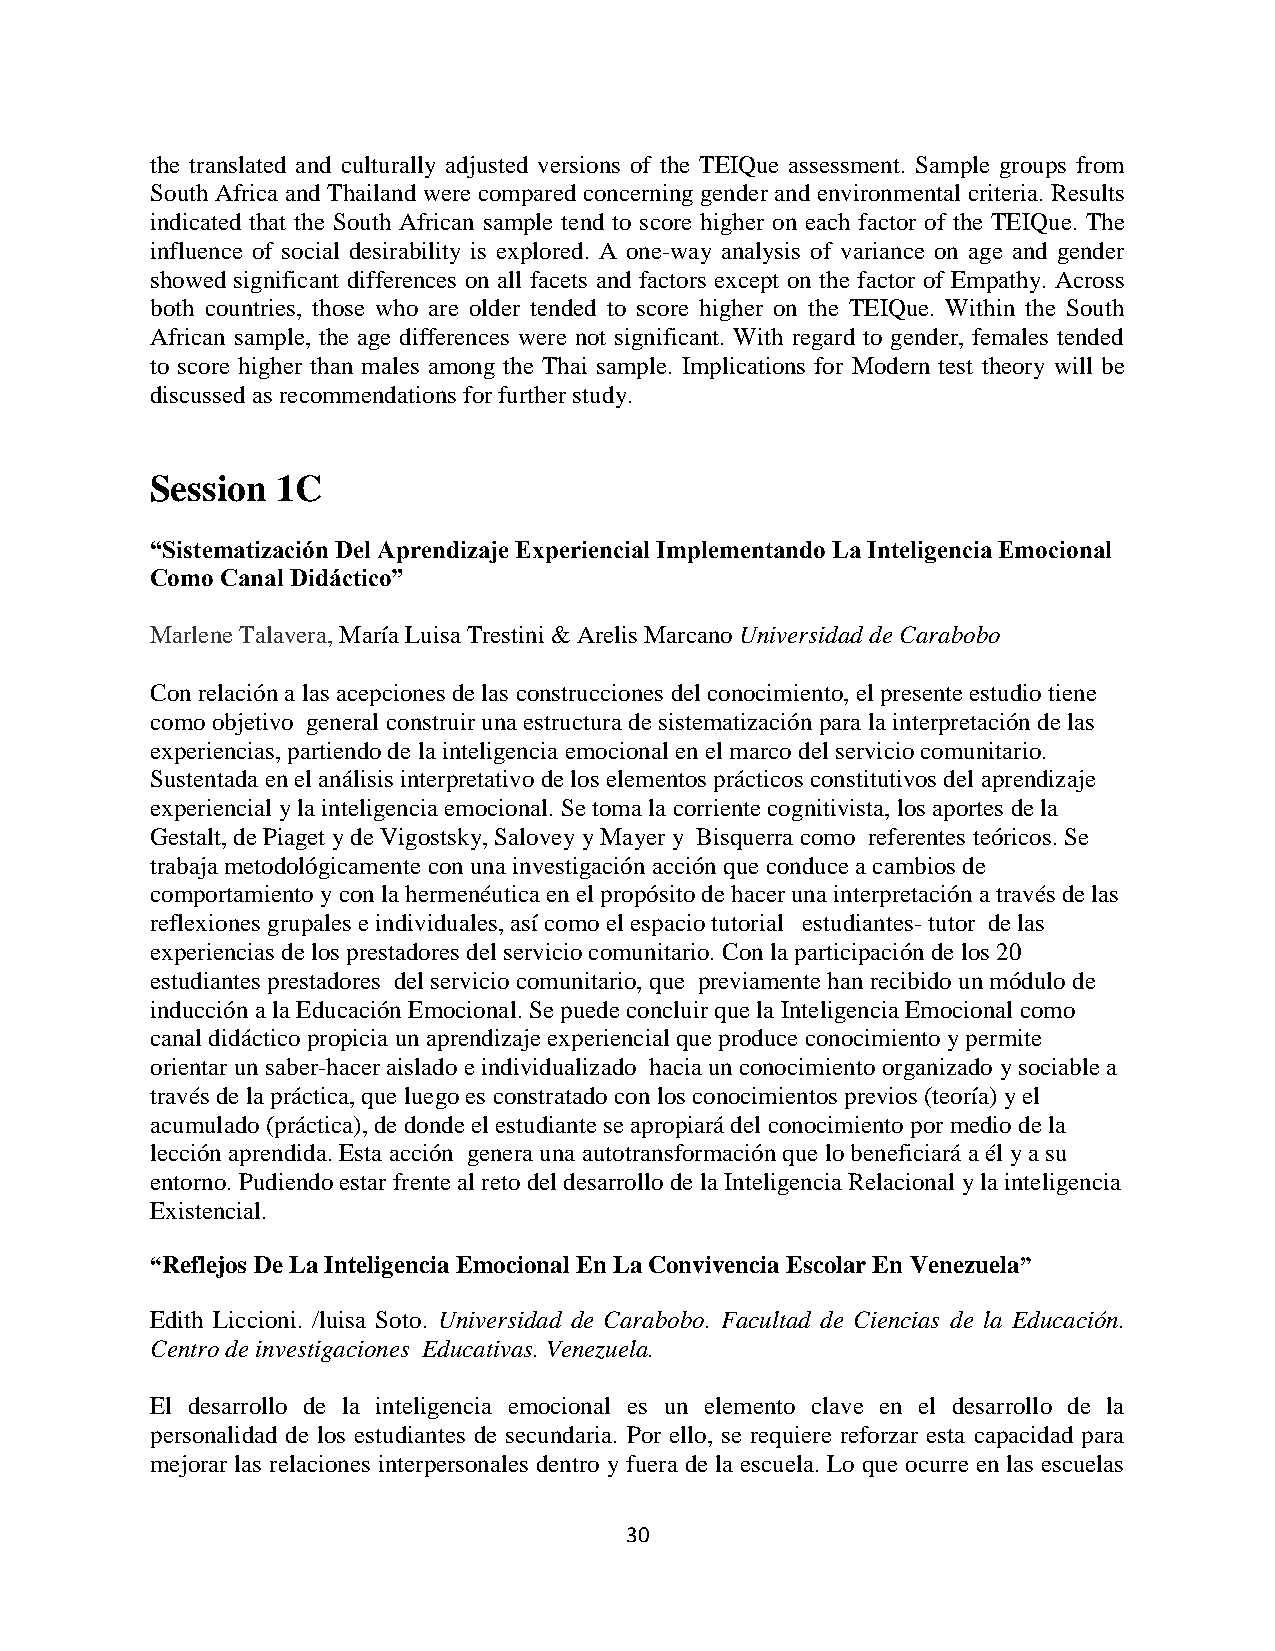
the translated and culturally adjusted versions of the TEIQue assessment. Sample groups from
 South Africa and Thailand were compared concerning gender and environmental criteria. Results
 indicated that the South African sample tend to score higher on each factor of the TEIQue. The
 influence of social desirability is explored. A one-way analysis of variance on age and gender
 showed significant differences on all facets and factors except on the factor of Empathy. Across
 both countries, those who are older tended to score higher on the TEIQue. Within the South
 African sample, the age differences were not significant. With regard to gender, females tended
 to score higher than males among the Thai sample. Implications for Modern test theory will be
 discussed as recommendations for further study.
 Session 1C
 “Sistematización Del Aprendizaje Experiencial Implementando La Inteligencia Emocional
 Como Canal Didáctico”
 Marlene Talavera, María Luisa Trestini & Arelis Marcano Universidad de Carabobo
 Con relación a las acepciones de las construcciones del conocimiento, el presente estudio tiene
 como objetivo general construir una estructura de sistematización para la interpretación de las
 experiencias, partiendo de la inteligencia emocional en el marco del servicio comunitario.
 Sustentada en el análisis interpretativo de los elementos prácticos constitutivos del aprendizaje
 experiencial y la inteligencia emocional. Se toma la corriente cognitivista, los aportes de la
 Gestalt, de Piaget y de Vigostsky, Salovey y Mayer y Bisquerra como referentes teóricos. Se
 trabaja metodológicamente con una investigación acción que conduce a cambios de
 comportamiento y con la hermenéutica en el propósito de hacer una interpretación a través de las
 reflexiones grupales e individuales, así como el espacio tutorial estudiantes- tutor de las
 experiencias de los prestadores del servicio comunitario. Con la participación de los 20
 estudiantes prestadores del servicio comunitario, que previamente han recibido un módulo de
 inducción a la Educación Emocional. Se puede concluir que la Inteligencia Emocional como
 canal didáctico propicia un aprendizaje experiencial que produce conocimiento y permite
 orientar un saber-hacer aislado e individualizado hacia un conocimiento organizado y sociable a
 través de la práctica, que luego es constratado con los conocimientos previos (teoría) y el
 acumulado (práctica), de donde el estudiante se apropiará del conocimiento por medio de la
 lección aprendida. Esta acción genera una autotransformación que lo beneficiará a él y a su
 entorno. Pudiendo estar frente al reto del desarrollo de la Inteligencia Relacional y la inteligencia
 Existencial.
 “Reflejos De La Inteligencia Emocional En La Convivencia Escolar En Venezuela”
 Edith Liccioni. /luisa Soto. Universidad de Carabobo. Facultad de Ciencias de la Educación.
 Centro de investigaciones Educativas. Venezuela.
 El desarrollo de la inteligencia emocional es un elemento clave en el desarrollo de la
 personalidad de los estudiantes de secundaria. Por ello, se requiere reforzar esta capacidad para
 mejorar las relaciones interpersonales dentro y fuera de la escuela. Lo que ocurre en las escuelas
 30